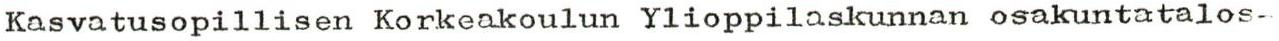
Kasvatusopillisen Korkeakoulun Ylioppilaskunnan osakuntatalos-